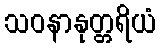
သဝနာနုတ္တရိယံ